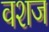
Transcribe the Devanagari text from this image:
वशज